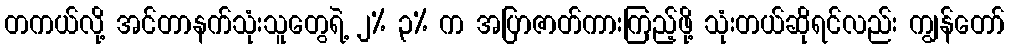
တကယ်လို့ အင်တာနက်သုံးသူတွေရဲ့ ၂% ၃% က အပြာဇာတ်ကားကြည့်ဖို့ သုံးတယ်ဆိုရင်လည်း ကျွန်တော်